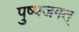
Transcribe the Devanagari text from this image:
पुष्पजगत्